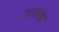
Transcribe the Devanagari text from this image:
उपपन्न